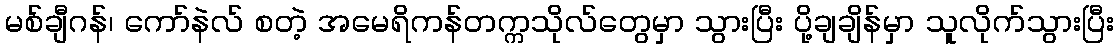
မစ်ချီဂန်၊ ကော်နဲလ် စတဲ့ အမေရိကန်တက္ကသိုလ်တွေမှာ သွားပြီး ပို့ချချိန်မှာ သူလိုက်သွားပြီး